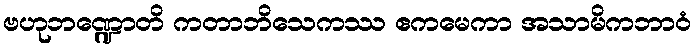
ဗဟုဘဏ္ဍောတိ ကတာဘိသေကဿ ဧကမေကာ အသာမိကဘာဝံ